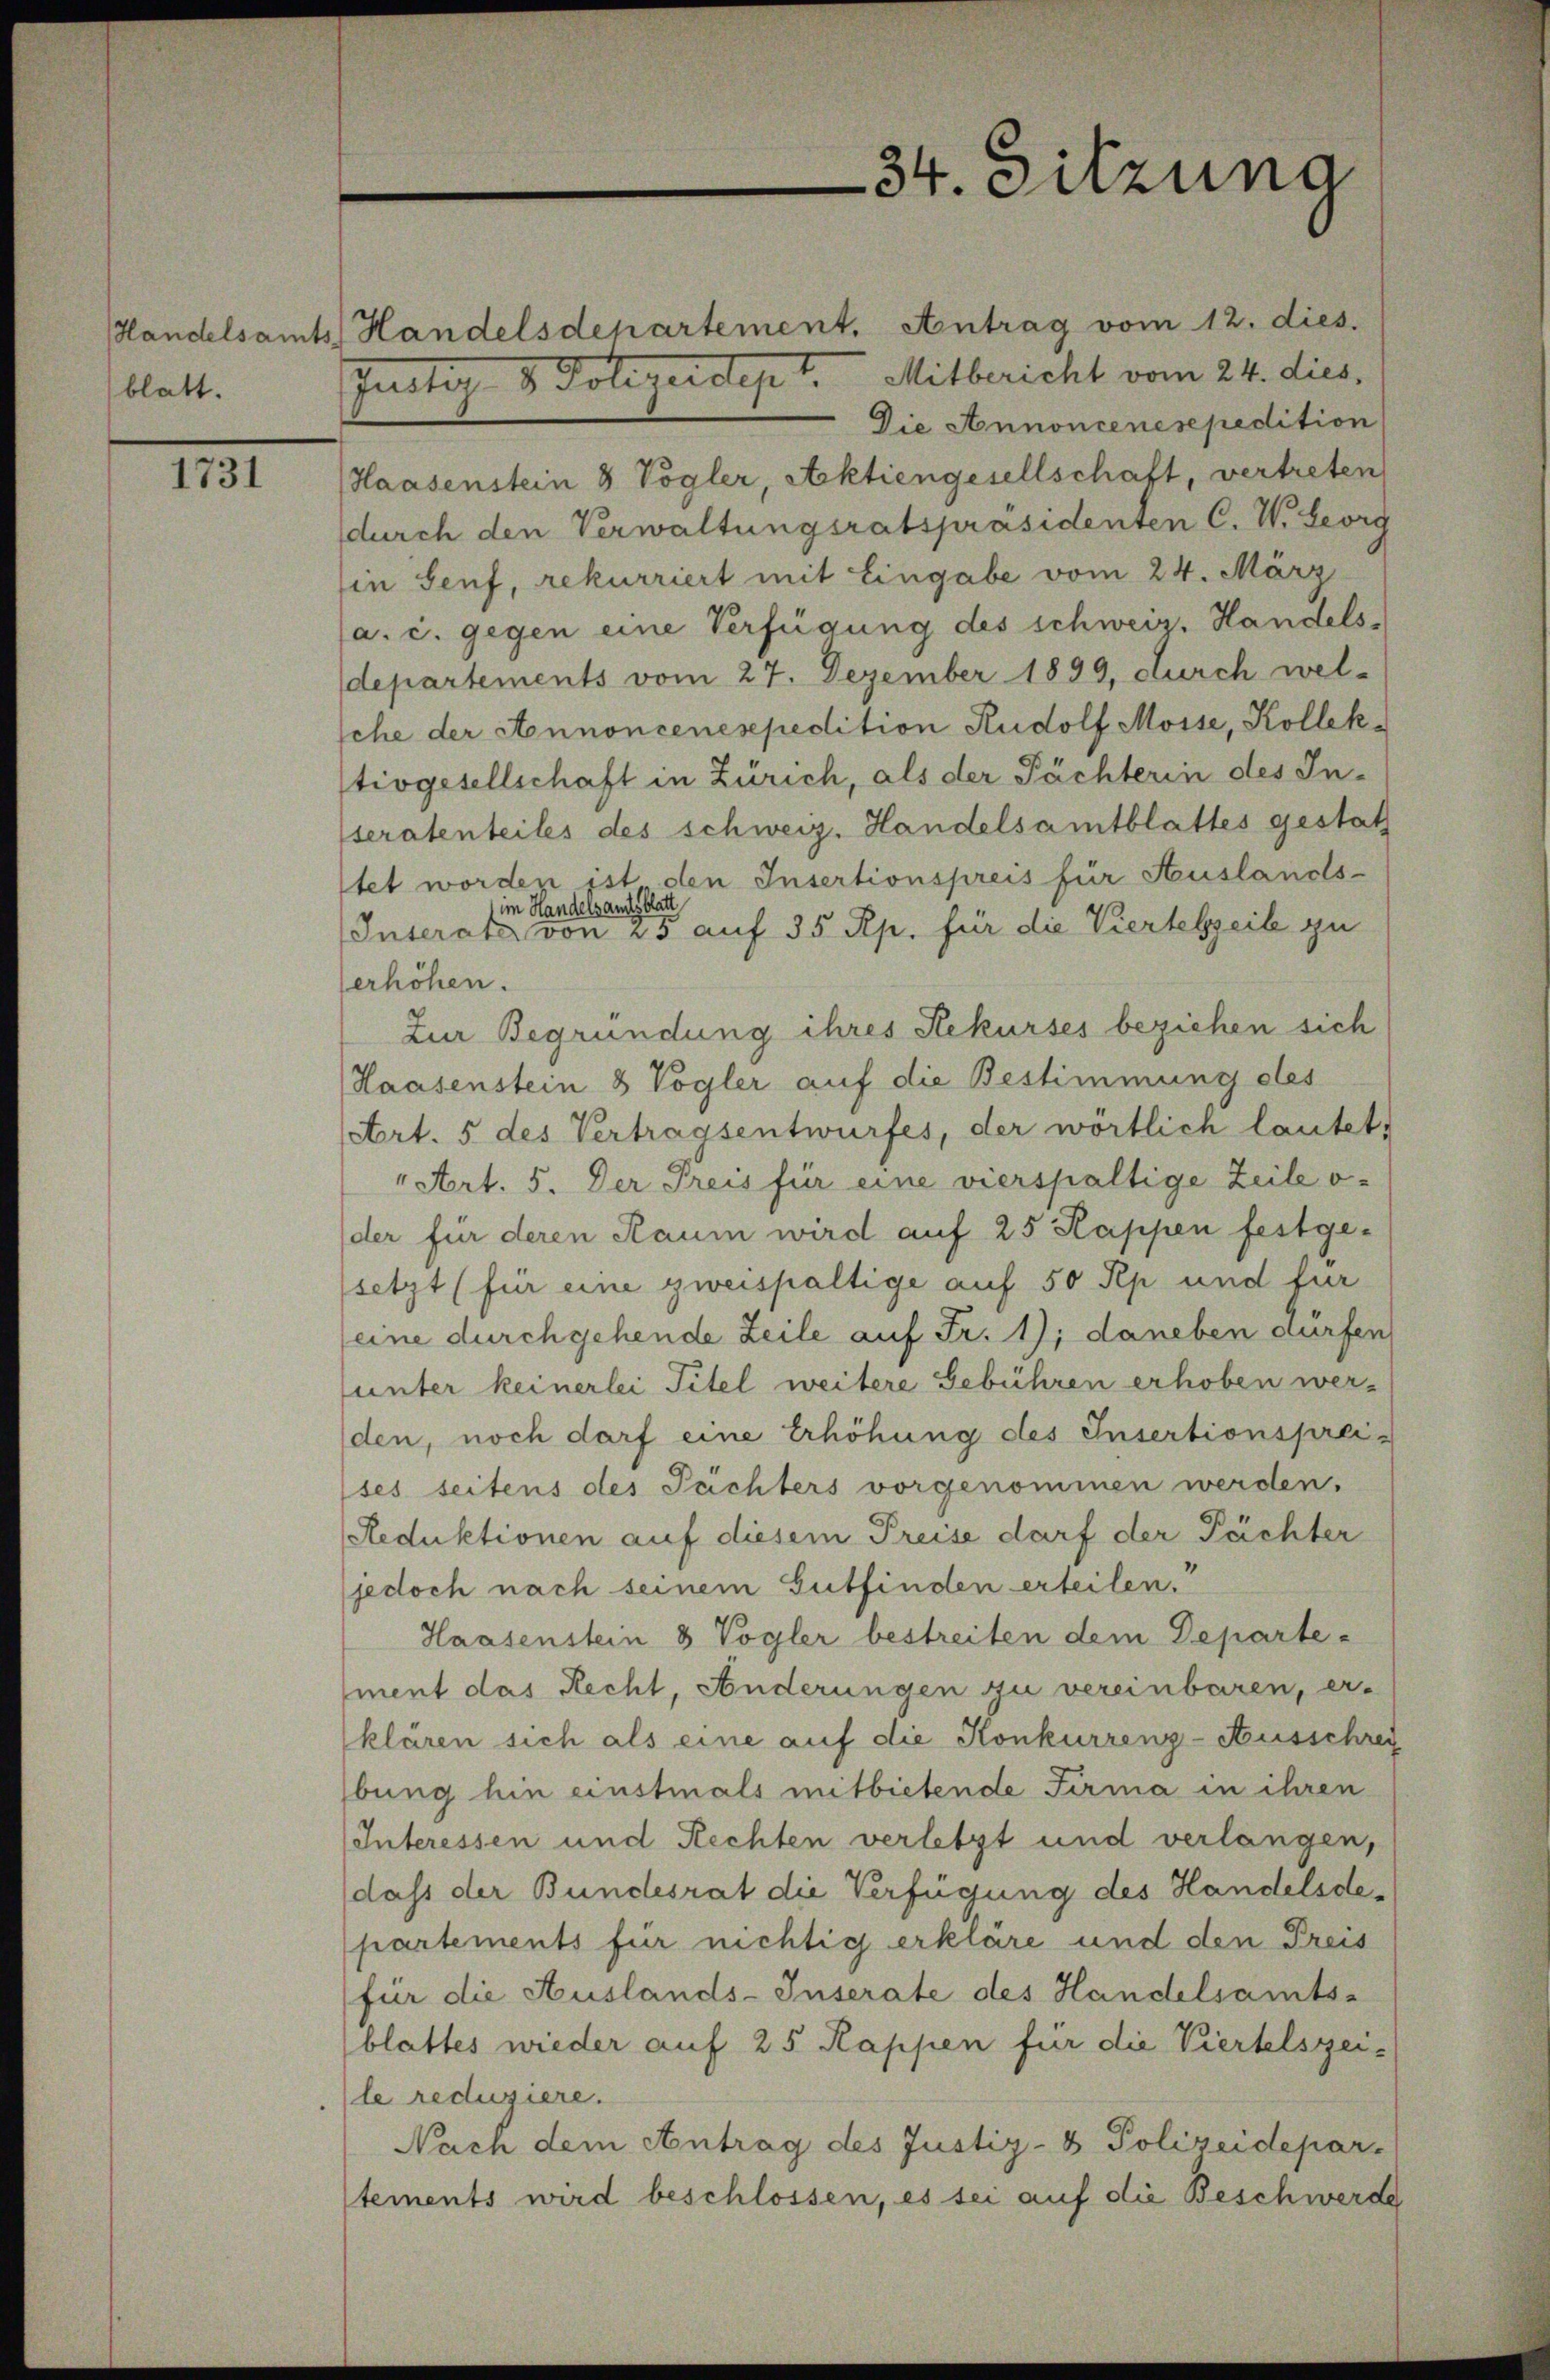
blatt.

1731

Handelsamts Handelsdepartement. Antrag vom 12. dies
Justiz & Polizeidept. Mitbericht vom 24. dies.
Die Annoncenesepedition
Haasenstein 8 Vogler, Aktiengesellschaft, vertreten
durch den Verwaltungsratspräsidenten C. W. Georg
in Senf, rekurriert mit Eingabe vom 24. März
(a. c. gegen eine Verfügung des schweiz. Handels-
departements vom 27. Dezember 1899, durch wel-
sche der Annoncenesepedition Rudolf Mosse, Kollek-
tivgesellschaft in Zürich, als der Pächterin des Inseratenteiles des schweiz. Handelsamtblattes gestat
tet worden ist den Insertionspreis für Auslands-
im Handelsamtsblatt
Interata von 25 auf 35 Rp. für die Viertelzeile zu
erhöhen.
Zur Begründung ihres Rekurses beziehen sich
Haasenstein & Vogler auf die Bestimmung des
Art. 5 des Vertragsentwurfes, der wörtlich lautet,
Art. 5. Der Preis für eine vierspaltige Zeile oder für deren Raum wird auf 25 Kappen festge-
(setzt (für eine zweispaltige auf 50 Rp und für
seine durchgehende Zeile auf Fr. 1); daneben dürfen
unter keinerlei Titel weitere Gebühren erhoben werden, noch darf eine Erhöhung des Insertionspreises seitens des Pächters vorgenommen werden.
Reduktionen auf diesem Preise darf der Pächter
(jedoch nach seinem Gutfinden erteilen.“
Haasenstein 3 Vogler bestreiten dem Departe-
ment das Recht, Anderungen zu vereinbaren, er-
klären sich als eine auf die Konkurrenz-Ausschrei
bung hin einstmals mitbietende Firma in ihren
Interessen und Rechten verletzt und verlangen,
dass der Bundesrat die Verfügung des Handelsdepartements für nichtig erkläre und den Preis
für die Auslands-Inserate des Handelsamts-
blattes wieder auf 25 Kappen für die Viertelszei-
le reduziere.
Nach dem Antrag des Justiz- & Polizeidepar-
tements wird beschlossen, es sei auf die Beschwerde

34. Sitzung